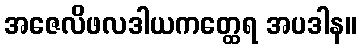
အဇေလိဖလဒါယကတ္ထေရ အပဒါန။